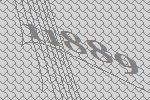
11889